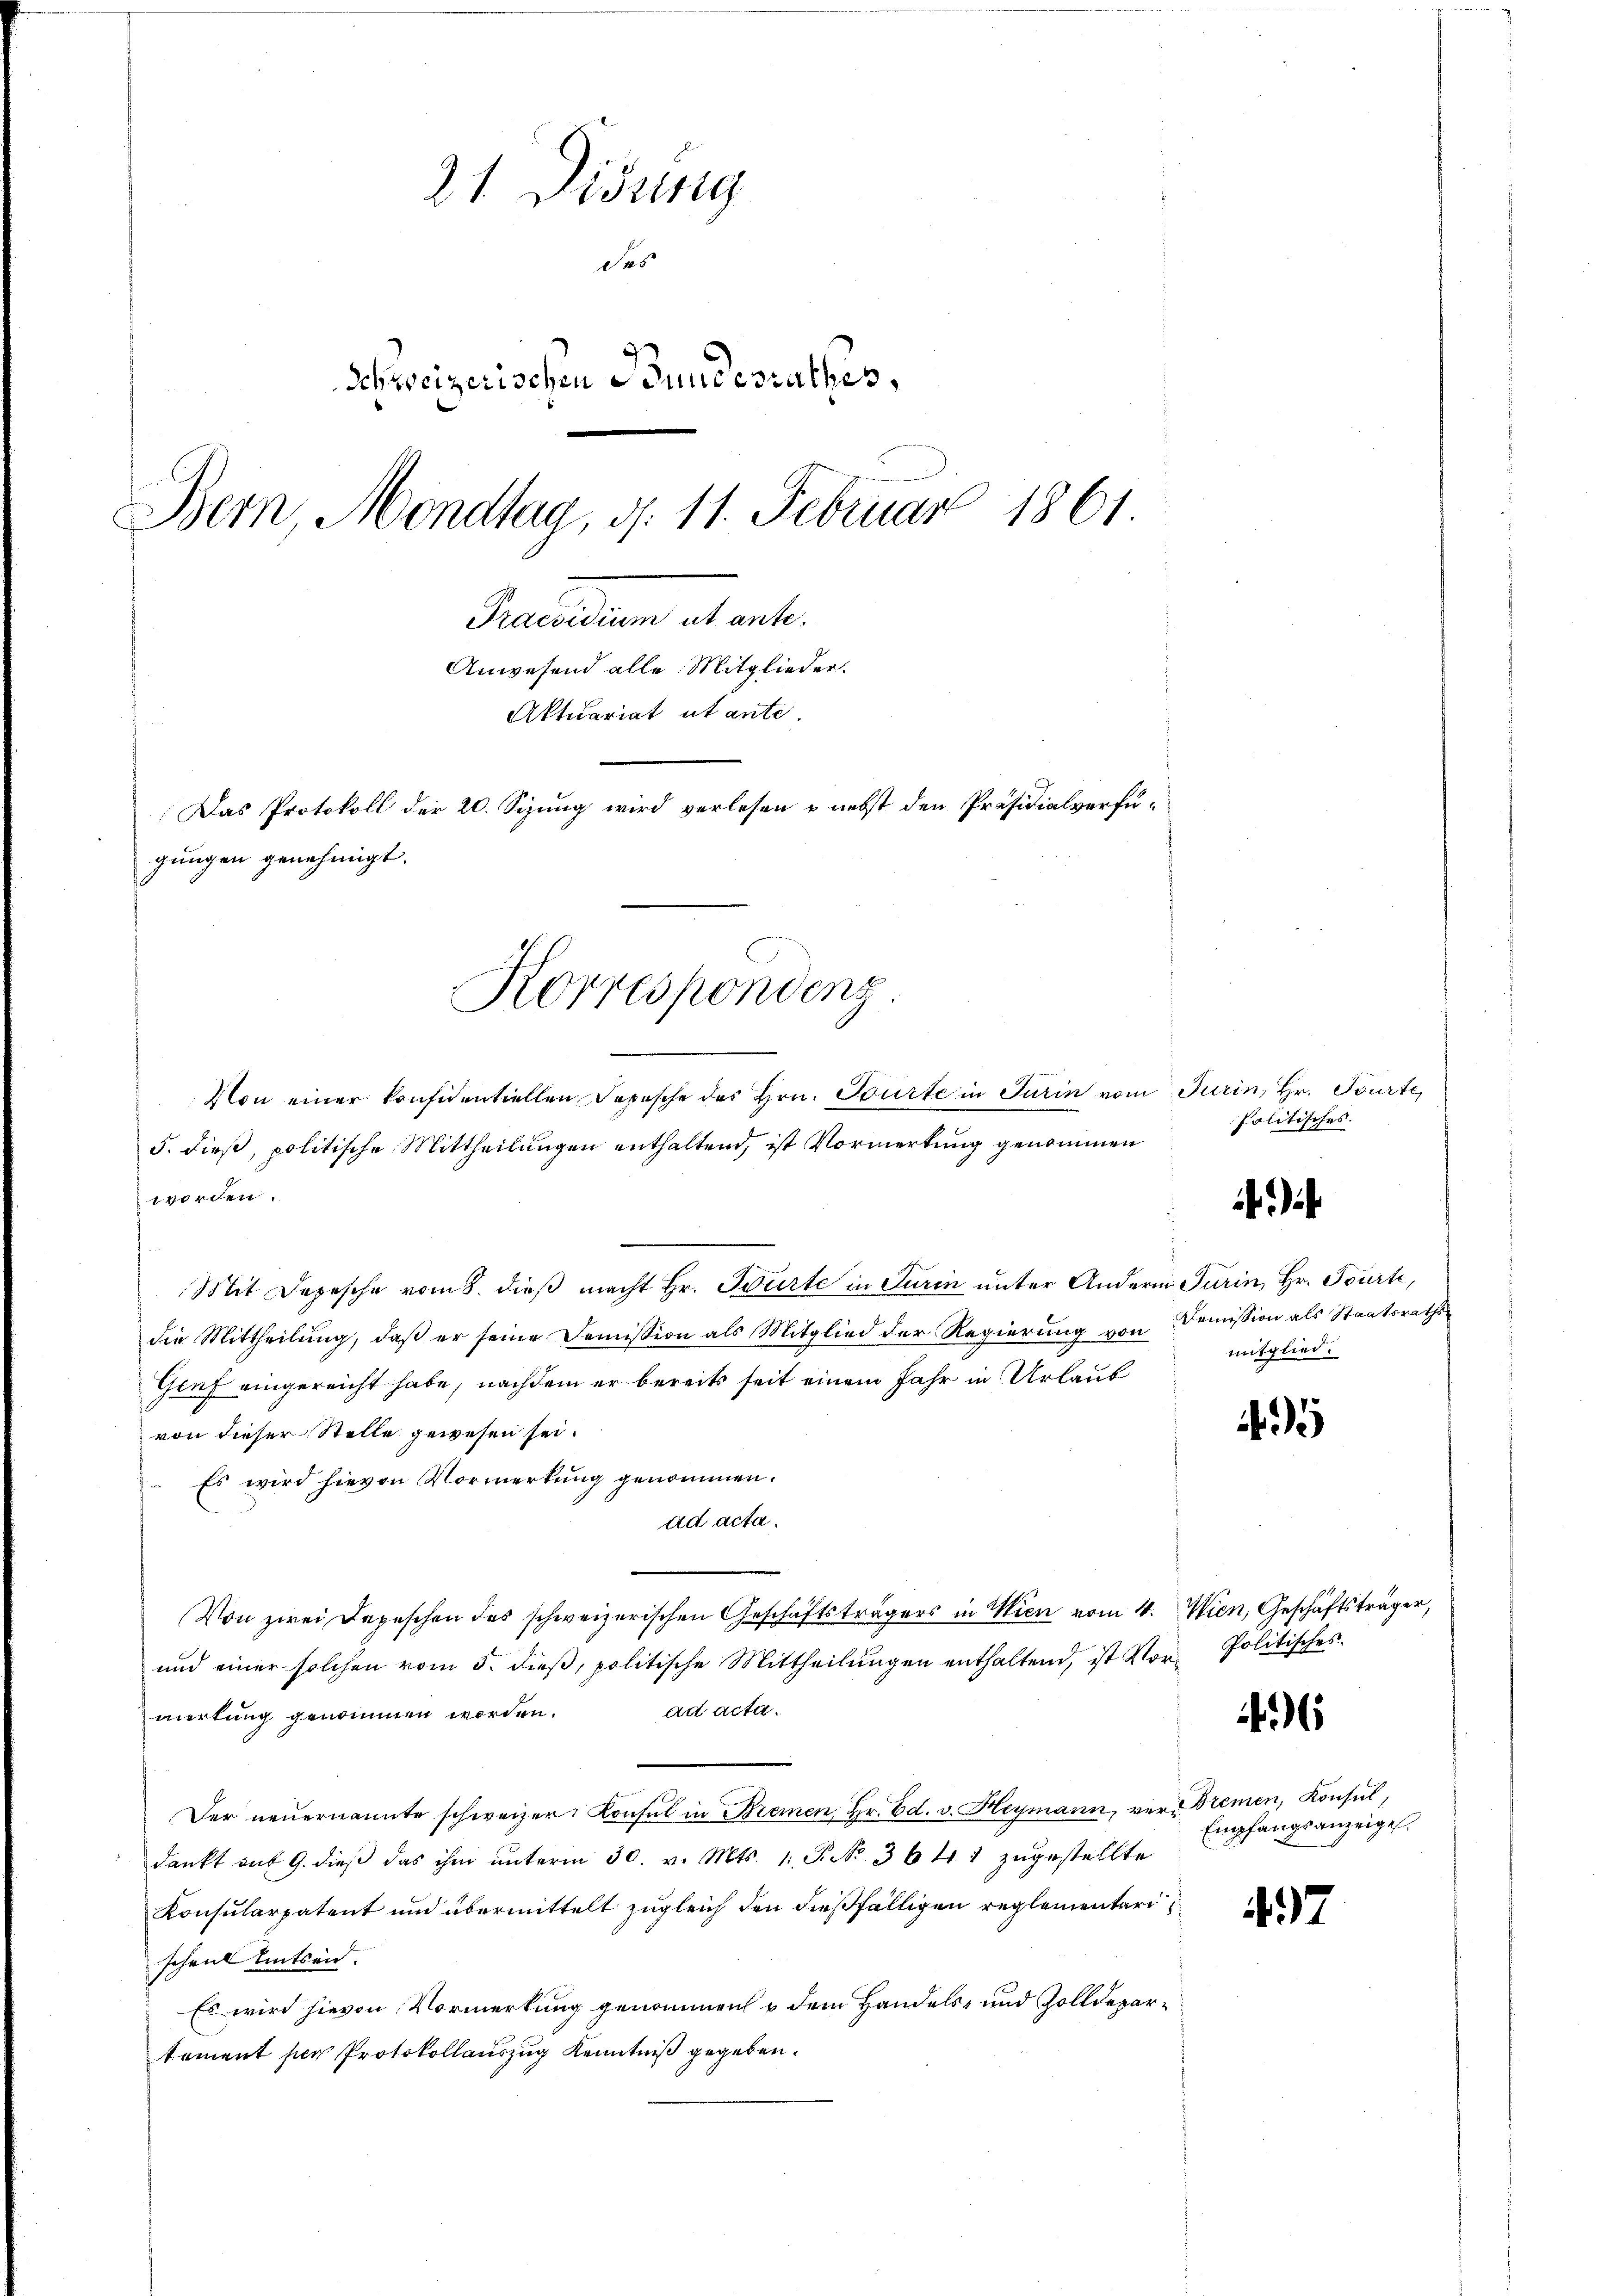
21. Disung
das
Schweizerischen Bundesrathes,
Bern, Mondtag, d. 11. Februar 1861
Precarium et art.
Anwesend alle Mitglieder.
Aktuariat utante.
Das Protokoll der 20. Sizung wird verlesen & nebst den Präsidialverfügungen genehmigt.

5. dieß, politische Mittheilungen enthaltend, ist Vormerkung genommen
wwerden.
e
Mit Depesche vom 8. dieß macht Hr. Bürte in Turin unter Andern Turin, Hr. Tourte,
die Mittheilung, daß er seine Demission als Mitglied der Regierung von Domission als Staatsraths¬
Genf eingereicht habe, nachdem er bereits seit einem Jahr in Urlaub
von dieser Stelle gewesen sei.
Es wird hievon Vormerkung genommen.
ad acta.
Von zwei Depeschen des schweizerischen Geschäftsträgers in Wien vom 4. Wien, Geschäftsträger,
und einer solchen vom 5. dieβ, politische Mittheilŭngen enthaltend, ist Vor- Politisches.
ad acta.
mertung genommen worden.
Der neuernannte schweizer Konsul in Bremen, Hr. Ed. v. Heymann, ver- Bremen, Konsul,
dankt auf 9. dieβ das ihm unterm 30. v. Mts. 1. P. Nr. 364 1 zugestellte
Konsularpatent und übermittelt zugleich den dießfälligen reglementari
scheint entseid.
Es wird hievon Vormerkung genommen u dem Handels- und Zolldepartoment ser Protokollauszug Kenntniß gegeben.

Korrespondenz
Von einer Konfidentiellen Depesche des Hrn. Tourte in Turin vom Jurin, Hr. Tourte,

politisches.

f

mitglied.

6

Empfangsanzeigel.

437